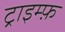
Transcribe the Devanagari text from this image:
ट्राइम्फ़